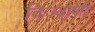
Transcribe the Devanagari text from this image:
विज्योशी